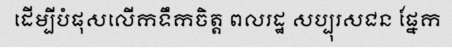
ដើម្បីបំផុសលើកទឹកចិត្ត ពលរដ្ឋ សប្បុរសជន ផ្នែក